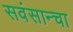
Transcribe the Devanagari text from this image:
सवंसान्चा